system: You are a helpful assistant.
user:
Analyze the provided spectrum to determine if it is a **"Cataclysmic Variables (CV)"**.

- **Key Indicators for CV (Check for either state):**
    - **State 1: Quiescent / Low-State (Emission-Dominated)**
        - **(Primary):** Strong and *very broad* Hydrogen Balmer emission lines (e.g., $H\alpha$ at 6563 Å, $H\beta$ at 4861 Å). The 'broadness' (high velocity dispersion, often FWHM > 1000 km/s) is the key diagnostic, indicating a high-velocity accretion disk.
        - **(Secondary):** Broad neutral Helium (He I) emission lines (e.g., 5876 Å, 6678 Å).
        - **(Key Confirmation):** Presence of high-excitation *ionized* Helium (He II) emission at 4686 Å. This is a strong indicator of accretion onto a white dwarf.
        - **(Line Profile):** Emission lines may exhibit a 'double-peaked' profile, which is a classic signature of a rotating accretion disk viewed at high inclination.

    - **State 2: Outburst / High-State (Absorption-Dominated)**
        - **(Primary):** Spectrum is dominated by a bright, blue continuum (looks like a hot star).
        - **(Secondary):** The emission lines from State 1 are weak, absent, or 'filled in', and are replaced by broad, shallow *absorption* lines (primarily Balmer and He I).
        - **(Morphology):** The overall spectrum mimics a hot B/A-type star. The crucial difference is that the absorption lines are significantly broader, shallower, and more 'washed-out' (or 'smeared') than the sharp lines of a normal stellar photosphere, due to high rotational speeds and pressure broadening in the disk.

Think first, call **spectral_visualization_tool** if needed to examine features in detail, then provide your final answer. Your response must adhere to the following strict rules:
1.  **Overall Structure:** Your response must follow the format `<think>...</think> <tool_call>...</tool_call> (if a tool is used) <answer>...</answer>`.
2.  **Tool Usage Constraint:** You may only make **one** tool call per turn.
3.  **Final Answer Format:** In the `<answer>` tag, your conclusion must be inside a `\boxed{}` command (e.g., `\boxed{YES}`), followed by your justification.

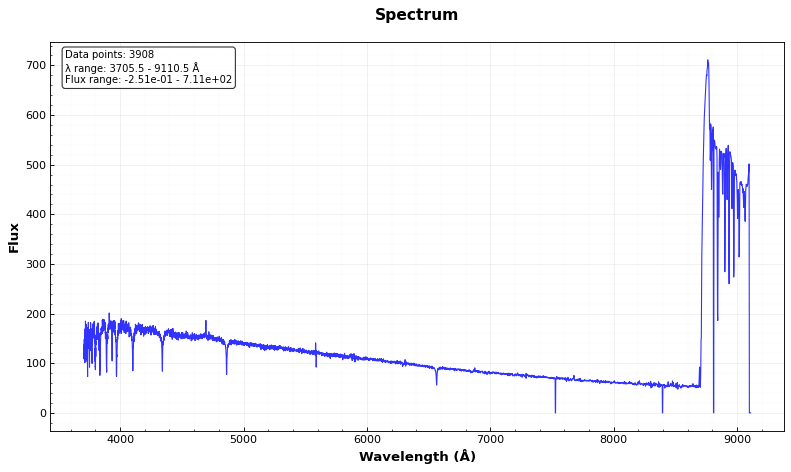
Answer: NO